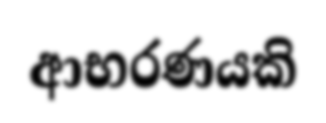
ආභරණයකි